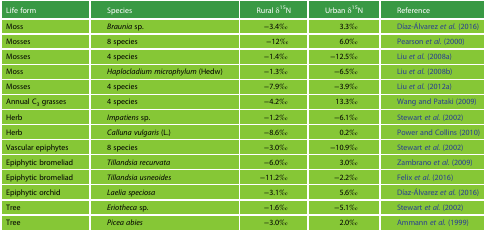
| Life form | Species | Rural δ15N | Urban δ15N | Reference |
 | --- | --- | --- | --- | --- |
 | Moss | Braunia sp. | −3.4‰ | 3.3‰ | Díaz-Álvarez et al. (2016) |
 | Mosses | 8 species | −12‰ | 6.0‰ | Pearson et al. (2000) |
 | Mosses | 4 species | −1.4‰ | −12.5‰ | Liu et al. (2008a) |
 | Moss | Haplocladium microphylum (Hedw) | −1.3‰ | −6.5‰ | Liu et al. (2008b) |
 | Mosses | 4 species | −7.9‰ | −3.9‰ | Liu et al. (2012a) |
 | Annual C3 grasses | 4 species | −4.2‰ | 13.3‰ | Wang and Pataki (2009) |
 | Herb | Impatiens sp. | −1.2‰ | −6.1‰ | Stewart et al. (2002) |
 | Herb | Calluna vulgaris (L.) | −8.6‰ | 0.2‰ | Power and Collins (2010) |
 | Vascular epiphytes | 8 species | −3.0‰ | −10.9‰ | Stewart et al. (2002) |
 | Epiphytic bromeliad | Tillandsia recurvata | −6.0‰ | 3.0‰ | Zambrano et al. (2009) |
 | Epiphytic bromeliad | Tillandsia usneoides | −11.2‰ | −2.2‰ | Felix et al. (2016) |
 | Epiphytic orchid | Laelia speciosa | −3.1‰ | 5.6‰ | Díaz-Álvarez et al. (2016) |
 | Tree | Eriotheca sp. | −1.6‰ | −5.1‰ | Stewart et al. (2002) |
 | Tree | Picea abies | −3.0‰ | 2.0‰ | Ammann et al. (1999) |